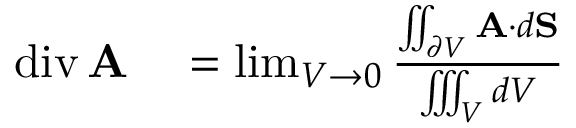
\begin{array} { r l } { \operatorname { d i v } \mathbf { A } } & { { } = \operatorname* { l i m } _ { V \to 0 } { \frac { \iint _ { \partial V } \mathbf { A } \cdot d \mathbf { S } } { \iiint _ { V } d V } } } \end{array}